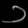
Digit: ၁